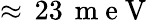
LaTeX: \approx\, 23\, \mathrm{~m~e~V~}